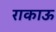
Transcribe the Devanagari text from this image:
राकाऊ